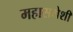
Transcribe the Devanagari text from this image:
महासभेशी